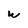
Character: w